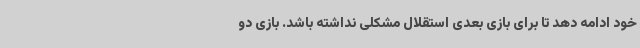
خود ادامه دهد تا برای بازی بعدی استقلال مشکلی نداشته باشد. بازی دو